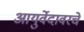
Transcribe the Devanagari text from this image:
आयुर्वेदावरचे